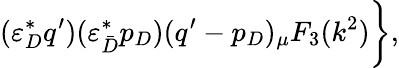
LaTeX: (\varepsilon_{D}^{*}q^{\prime})(\varepsilon_{\bar{D}}^{*}p_{D})(q^{\prime}-p_{D})_{\mu}F_{3}(k^{2})\biggl\} ,